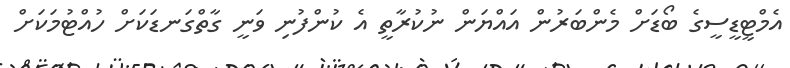
އެމްޓީޑީސީގެ ބޯޑަށް މެންބަރުން އައްޔަން ނުކުރާތީ އެ ކުންފުނި ވަނީ ގާތްގަނޑަކަށް ހުއްޓުމަކަށް